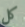
كل